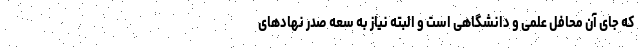
که جای آن محافل علمی و دانشگاهی است و البته نیاز به سعه صدر نهادهای